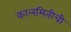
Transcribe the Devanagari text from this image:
कालमितीची